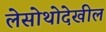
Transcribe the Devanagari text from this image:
लेसोथोदेखील